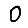
Digit: 0